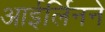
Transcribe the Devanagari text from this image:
आईर्लिनने